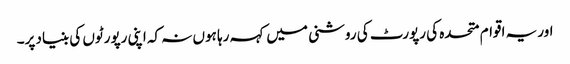
اور یہ اقوام متحده کی رپورٹ کی روشنی میں کہہ رہا ہوں نہ کہ اپنی رپورٹوں کی بنیاد پر۔